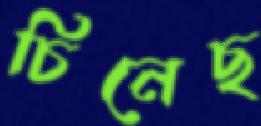
চিনেছ